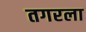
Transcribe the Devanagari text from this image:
तगरला